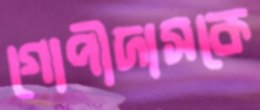
গোপীদাসকে